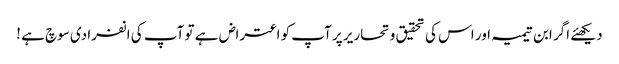
دیکھئے اگر ابن تیمیہ اور اس کی تحقیق و تحاریر پر آپ کو اعتراض ہے تو آپ کی انفرادی سوچ ہے !